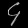
Digit: ၄